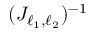
( J _ { \ell _ { 1 } , \ell _ { 2 } } ) ^ { - 1 }